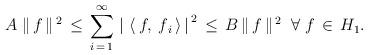
LaTeX: \begin{align*}A\; \|\,f\,\|^{\,2} \,\leq\, \sum\limits_{i \,=\, 1}^{\infty}\, \left|\ \left <\,f,\, f_{\,i} \, \right >\,\right|^{\,2} \,\leq\, B \,\|\,f\,\|^{\,2}\; \;\forall\; f \,\in\, H_{1}.\end{align*}